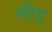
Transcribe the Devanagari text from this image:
सीड़